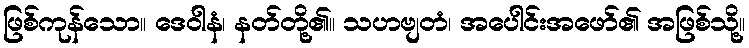
ဖြစ်ကုန်သော။ ဒေဝါနံ၊ နတ်တို့၏။ သဟဗျတံ၊ အပေါင်းအဖော်၏ အဖြစ်သို့။